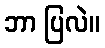
ဘာ ပြလဲ။